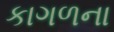
કાગળના